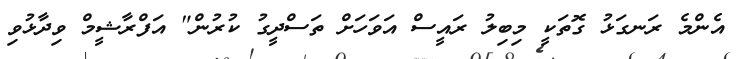
އެންމެ ރަނގަޅު ގޮތަކީ މިބިލު ރައީސް އަވަހަށް ތަސްދީގު ކުރުން" އަފްރާޝީމް ވިދާޅުވި